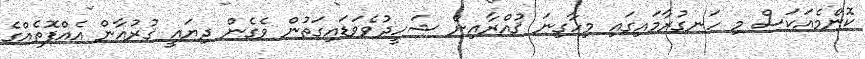
ކޮންމެއަކަސް މި ހަނގުރާމައިގައި މިހާގިނަ ޤުއްރާއިން ޝަހީދުވެވަޑައިގަތުން ވެގެން ދިޔައީ ޤުރުއާން އެއްފޮތެއްގެ